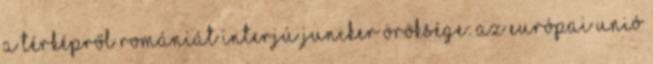
a térképről Romániát INTERJÚ Juncker öröksége: az Európai Unió